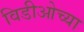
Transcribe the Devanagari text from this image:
विडीओच्या